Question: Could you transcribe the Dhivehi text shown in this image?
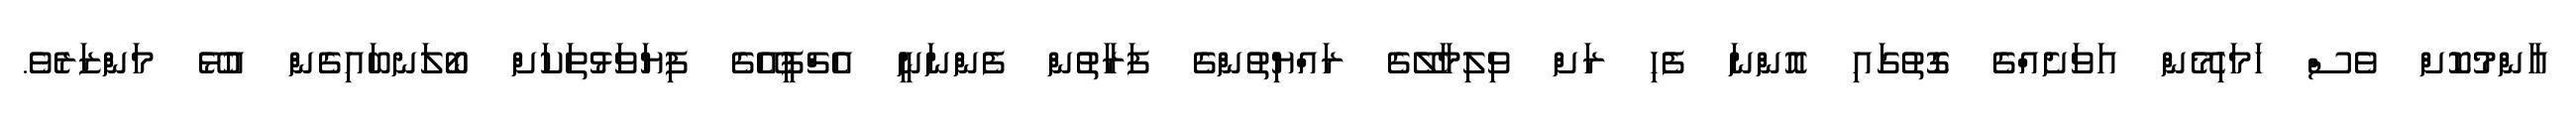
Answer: އާންމުކޮށް ވެސް ހަމަހިމޭން އަވަށެއްގެ ގޮތުގައި އޮންނަ ފެހި ރަށް ވިލިމާލޭގެ ރައްޔިތުންގެ ފަރާތުން ފެންނަނީ އެޗްޕީއޭގެ ފިޔަވަޅުތަކަށް ބޯލަނބައިގެން އުޅޭ މަންޒަރެވެ.